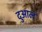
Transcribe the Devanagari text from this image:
दुआल